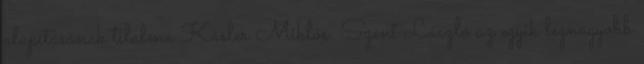
alapításának tilalma Kásler Miklós: Szent László az egyik legnagyobb